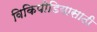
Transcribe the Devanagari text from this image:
विकिपीडियासाठी